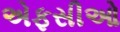
એફસીઓ